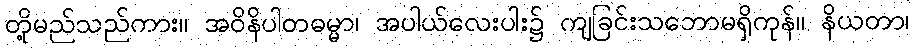
တို့မည်သည်ကား။ အဝိနိပါတဓမ္မာ၊ အပါယ်လေးပါး၌ ကျခြင်းသဘောမရှိကုန်။ နိယတာ၊